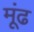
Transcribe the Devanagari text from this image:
मूंढ